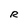
Character: R